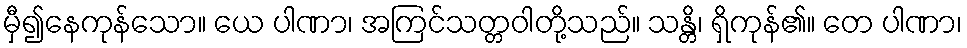
မှီ၍နေကုန်သော။ ယေ ပါဏာ၊ အကြင်သတ္တဝါတို့သည်။ သန္တိ၊ ရှိကုန်၏။ တေ ပါဏာ၊